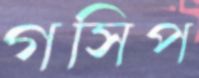
গসিপ